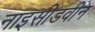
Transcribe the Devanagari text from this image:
नाइसीडवीन